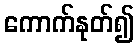
ကောက်နုတ်၍